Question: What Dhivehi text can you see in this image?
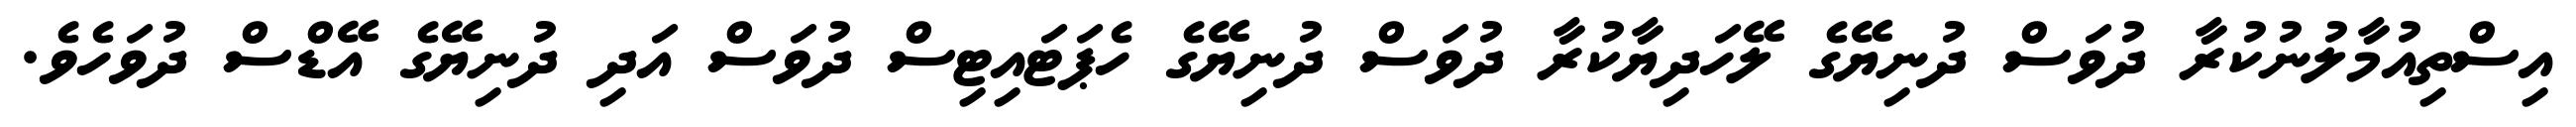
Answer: އިސްތިއުމާލުނުކުރާ ދުވަސް ދުނިޔޭގެ ލޭހަދިޔާކުރާ ދުވަސް ދުނިޔޭގެ ހެޕަޓައިޓިސް ދުވަސް އަދި ދުނިޔޭގެ އޭޑްސް ދުވަހެވެ.